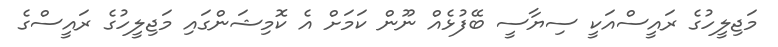
މަޖިލީހުގެ ރައީސްއަކީ ސިޔާސީ ބޭފުޅެއް ނޫން ކަމަށް އެ ކޮމިޝަންގައި މަޖިލީހުގެ ރައީސްގެ